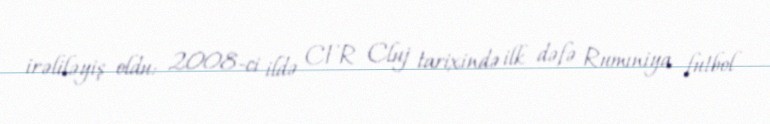
irəliləyiş oldu: 2008-ci ildə CFR Cluj tarixində ilk dəfə Rumıniya futbol